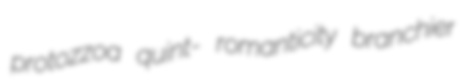
protozzoa quint- romanticity branchier